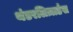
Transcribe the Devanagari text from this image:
थंडरलिज़ार्डस